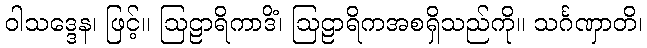
ဝါသဒ္ဒေန၊ ဖြင့်။ ဩဠာရိကာဒိံ၊ ဩဠာရိကအစရှိသည်ကို။ သင်္ဂဏှာတိ၊